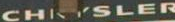
CHRYSLER